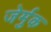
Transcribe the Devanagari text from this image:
जेर्मुक